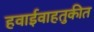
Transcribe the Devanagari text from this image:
हवाईवाहतुकीत